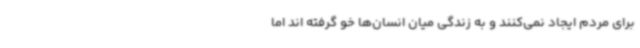
برای مردم ایجاد نمی‌کنند و به زندگی میان انسان‌ها خو گرفته اند اما